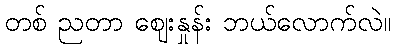
တစ် ညတာ ဈေးနှုန်း ဘယ်လောက်လဲ။